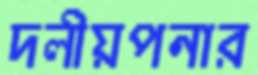
দলীয়পনার